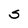
Character: S